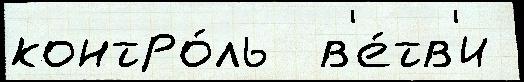
контро́ль  в'е́тв'и